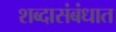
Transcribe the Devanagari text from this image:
शब्दासंबंधात